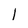
Character: l